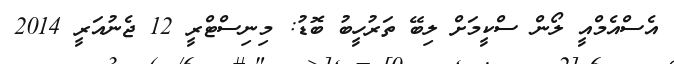
އެސްއެމްއީ ލޯން ސްކީމަށް ލިބޭ ތަރުހީބު ބޮޑު: މިނިސްޓްރީ 12 ޖެނުއަރީ 2014